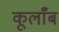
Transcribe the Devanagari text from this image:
कूलाँब